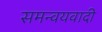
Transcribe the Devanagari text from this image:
समन्‍वयवादी